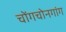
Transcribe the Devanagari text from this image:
चोंगचोनगांग